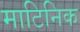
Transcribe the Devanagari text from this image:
माटिनिक